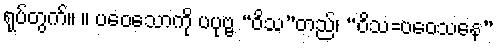
ရုပ်တွက်။ ။ ပဝေသောကို ပပုဗ္ဗ “ဝိသ”တည်၊ “ဝိသ=ပဝေသနေ”